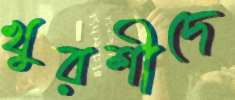
খুরশীদে